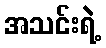
အသင်းရဲ့